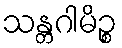
သန္တဂါမိဉ္စ